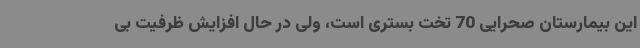
این بیمارستان صحرایی 70 تخت بستری است، ولی در حال افزایش ظرفیت بی